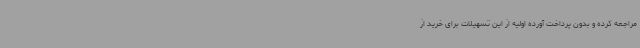
مراجعه کرده و بدون پرداخت آورده اولیه از این تسهیلات برای خرید از